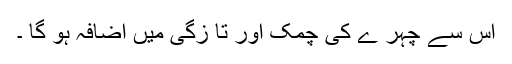
اس سے چہر ے کی چمک اور تا زگی میں اضافہ ہو گا ۔